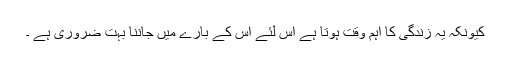
کیونکہ یہ زندگی کا اہم وقت ہوتا ہے اس لئے اس کے بارے میں جاننا بہت ضروری ہے ۔